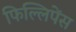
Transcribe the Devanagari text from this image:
फिल्लिपेंस